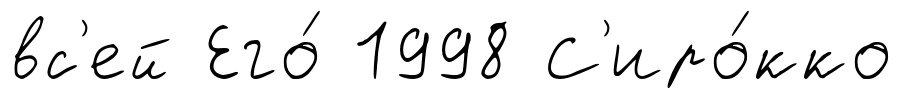
вс'ей Его́ 1998 С'иро́кко